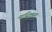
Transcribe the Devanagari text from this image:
मांसिकता